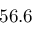
5 6 . 6